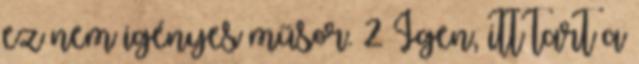
ez nem igényes műsor. 2 Igen, itt tart a